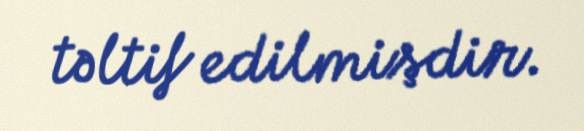
təltif edilmişdir.